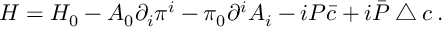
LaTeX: { \cal H } = { \cal H } _ { 0 } - A _ { 0 } \partial _ { i } \pi ^ { i } - \pi _ { 0 } \partial ^ { i } A _ { i } - i { \cal P } \bar { c } + i \bar { \cal P } \bigtriangleup c \, .